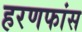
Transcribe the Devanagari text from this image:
हरणफांस